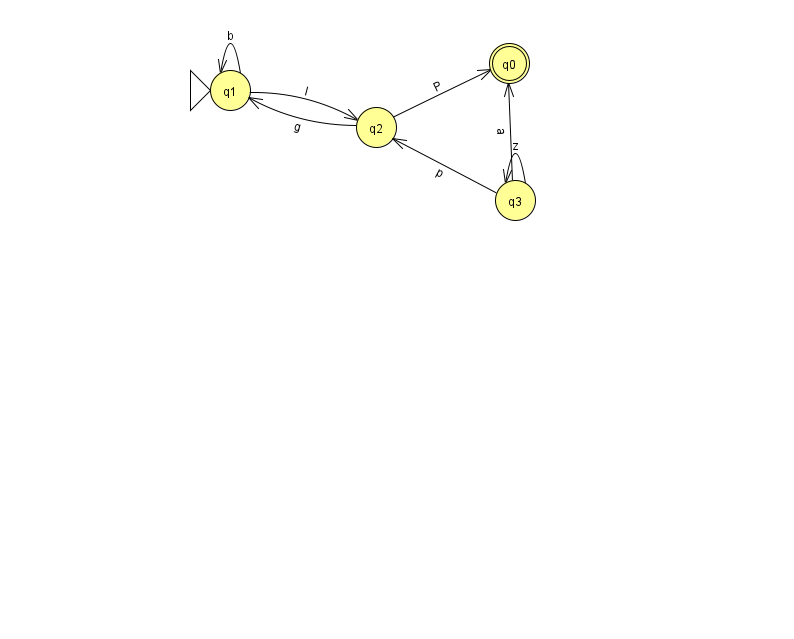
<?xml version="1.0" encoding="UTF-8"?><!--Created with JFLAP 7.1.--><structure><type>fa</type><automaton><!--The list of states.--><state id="0" name="q0"><x>509.0</x><y>50.0</y><final/></state><state id="1" name="q1"><x>230.0</x><y>77.0</y><initial/></state><state id="2" name="q2"><x>376.0</x><y>114.0</y></state><state id="3" name="q3"><x>515.0</x><y>187.0</y></state><!--The list of transitions.--><transition><from>3</from><to>2</to><read>p</read></transition><transition><from>1</from><to>1</to><read>b</read></transition><transition><from>2</from><to>1</to><read>g</read></transition><transition><from>1</from><to>2</to><read>l</read></transition><transition><from>3</from><to>3</to><read>z</read></transition><transition><from>3</from><to>0</to><read>a</read></transition><transition><from>2</from><to>0</to><read>P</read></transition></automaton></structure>